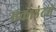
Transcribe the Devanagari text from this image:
एकाउंटमें